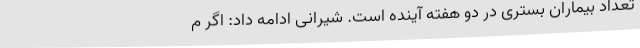
تعداد بیماران بستری در دو هفته آینده است. شیرانی ادامه داد: اگر م